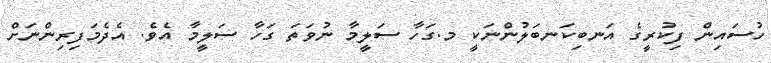
ހުސައިން ފިކުރީގެ އަނބިކަނބަލުންނަކީ މ.ގަހާ ސަލީމާ ނުވަތަ ގަހާ ސަލީމާ އެވެ. އެދެމަފިރިންނަށް